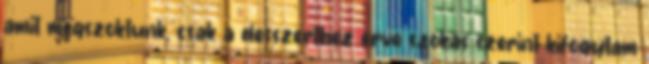
amit megszoktunk, csak a desszerthez érve szokás szerint kifogytam